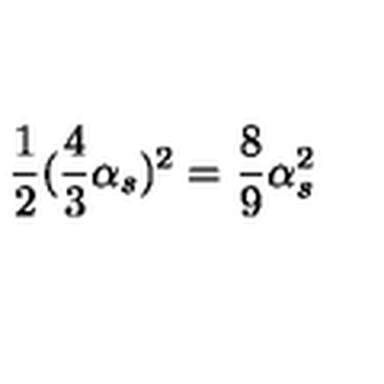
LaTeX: \frac { 1 } { 2 } ( \frac { 4 } { 3 } \alpha _ { s } ) ^ { 2 } = \frac { 8 } { 9 } \alpha _ { s } ^ { 2 }